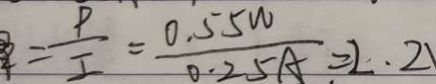
= \frac { P } { I } = \frac { 0 . 5 5 W } { 0 . 2 5 A . } = 2 \cdot 2 1